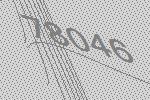
78046